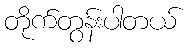
တိုက်တွန်းပါတယ်